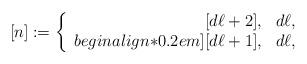
LaTeX: \begin{align*}[n]:=\left\{\begin{array}{rr}[d\ell+2],& d\ell,\\begin{align*}0.2em][d\ell+1],& d\ell ,\end{array}\right.\end{align*}